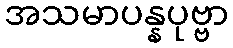
အသမာပန္နပုဗ္ဗာ